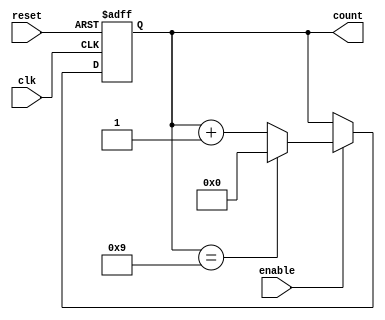
module decade_counter (
    input wire clk,          // Clock input
    input wire reset,        // Asynchronous reset input
    input wire enable,       // Enable input
    output reg [3:0] count   // 4-bit output count
);

// Always block triggered on the rising edge of the clock or reset
always @(posedge clk or posedge reset) begin
    if (reset) begin
        count <= 4'b0000;  // Reset the counter to 0
    end else if (enable) begin
        if (count == 4'b1001) begin
            count <= 4'b0000;  // Reset to 0 when count reaches 10
        end else begin
            count <= count + 1; // Increment the counter
        end
    end
end

endmodule